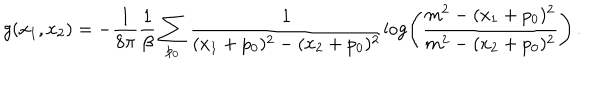
g ( x _ { 1 } , x _ { 2 } ) = - \frac { 1 } { 8 \pi } \frac { 1 } { \beta } \sum _ { p _ { 0 } } \frac { 1 } { ( x _ { 1 } + p _ { 0 } ) ^ { 2 } - ( x _ { 2 } + p _ { 0 } ) ^ { 2 } } \log \left( \frac { m ^ { 2 } - ( x _ { 1 } + p _ { 0 } ) ^ { 2 } } { m ^ { 2 } - ( x _ { 2 } + p _ { 0 } ) ^ { 2 } } \right) \, .